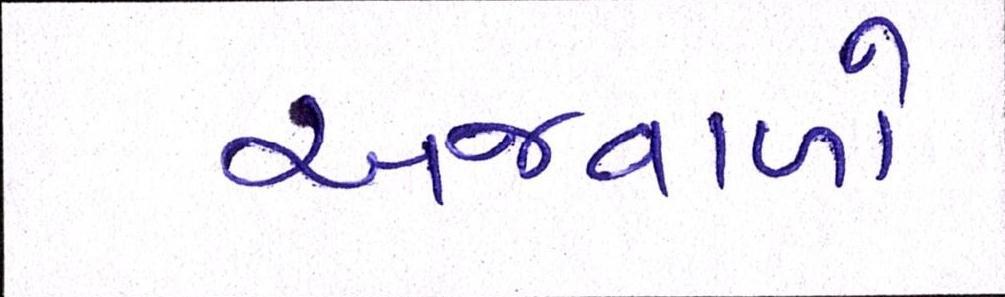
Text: અજવાળે